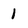
Character: 1